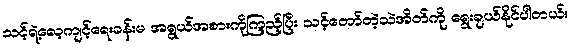
သင့်ရဲ့လေ့ကျင့်ရေးခန်းမ အရွယ်အစားကိုကြည့်ပြီး သင့်တော်တဲ့သဲအိတ်ကို ရွေးချယ်နိုင်ပါတယ်။